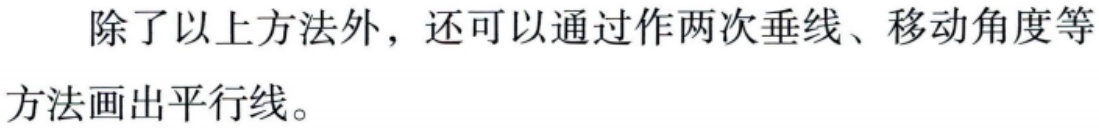
除了以上方法外，还可以通过作两次垂线、移动角度等方法画出平行线。